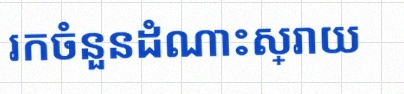
រកចំនួនដំណោះស្រាយ